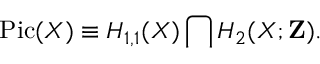
\mathrm { P i c } ( X ) \equiv H _ { 1 , 1 } ( X ) \bigcap H _ { 2 } ( X ; { \bf Z } ) .